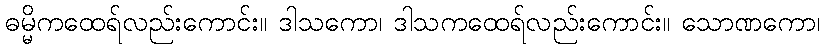
ဓမ္မိကထေရ်လည်းကောင်း။ ဒါသကော၊ ဒါသကထေရ်လည်းကောင်း။ သောဏကော၊